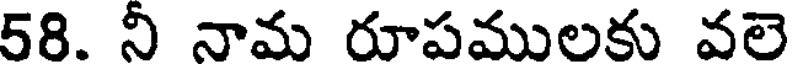
58. నీ నామ రూపములకు వలె